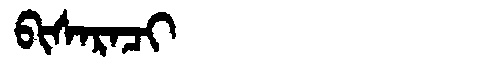
Manchu: ᠪᡳᠰᠠᡵᠠᠴᡳ
Romanization: BISARACI